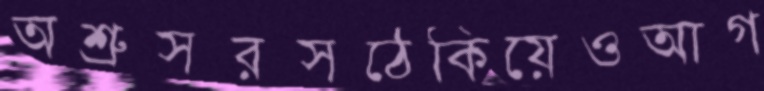
অশ্রুসরসঠেকিয়েওআগ